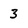
Character: 3